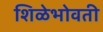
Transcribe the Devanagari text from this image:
शिळेभोवती